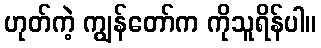
ဟုတ်ကဲ့ ကျွန်တော်က ကိုသူရိန်ပါ။